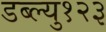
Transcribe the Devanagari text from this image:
डब्ल्यु१२३